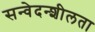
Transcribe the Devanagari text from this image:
सन्वेदन्शीलता